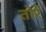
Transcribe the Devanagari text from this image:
तोरें